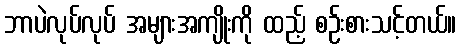
ဘာပဲလုပ်လုပ် အများအကျိုးကို ထည့် စဉ်းစားသင့်တယ်။